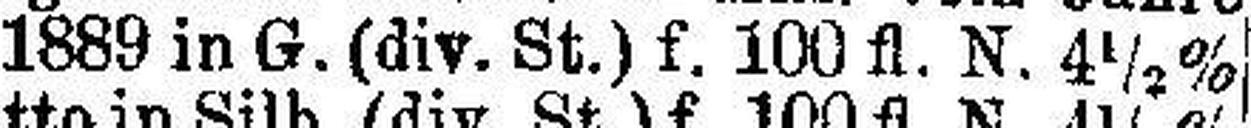
1889 in G. (div. St.) f. 100 fl. N. 4½%